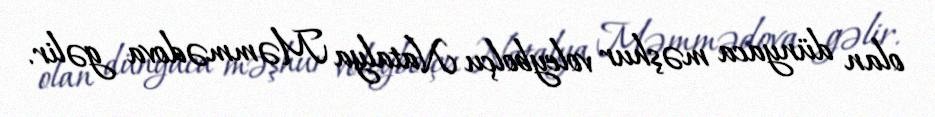
olan dünyaca məşhur voleybolçu Natalya Məmmədova gəlir.